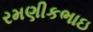
રમણીકભાઇ